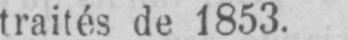
traités de 1853.